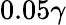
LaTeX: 0.05\gamma